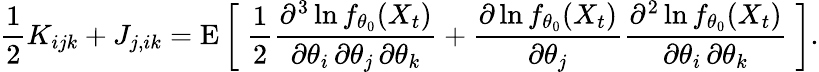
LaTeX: {\frac{1}{2}}K_{ijk}+J_{j,ik}=\operatorname{E}{\bigg[}\; {\frac{1}{2}}{\frac{\partial^{3}\ln f_{\theta_{0}}(X_{t})}{\partial\theta_{i}\, \partial\theta_{j}\, \partial\theta_{k}}}+{\frac{\partial\ln f_{\theta_{0}}(X_{t})}{\partial\theta_{j}}}{\frac{\partial^{2}\ln f_{\theta_{0}}(X_{t})}{\partial\theta_{i}\, \partial\theta_{k}}}\; {\bigg]}.